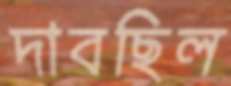
দাবছিল